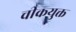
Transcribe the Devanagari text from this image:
चीकयुक्त